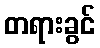
တရားခွင်